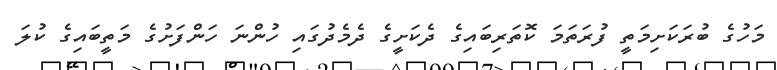
މަހުގެ ބުރަކަށިމަތީ ފުރަތަމަ ކޮތަރިބައިގެ ދެކަށީގެ ދެމެދުގައި ހުންނަ ހަންފަށުގެ މަތީބައިގެ ކުލަ